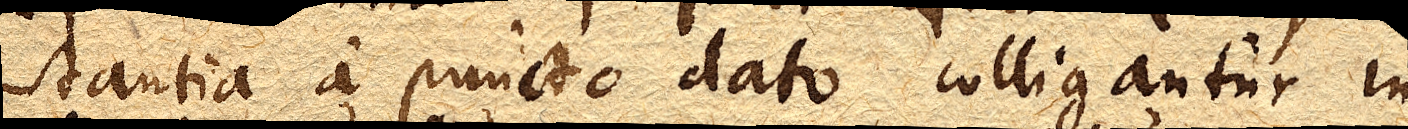
stantia a puncto dato colligantur in